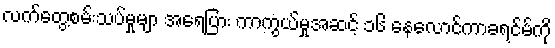
လက်တွေ့စမ်းသပ်မှုမျာ အရေပြား ကာကွယ်မှုအဆင့် ၁၆ နေလောင်ကာခရင်မ်ကို